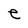
Character: e